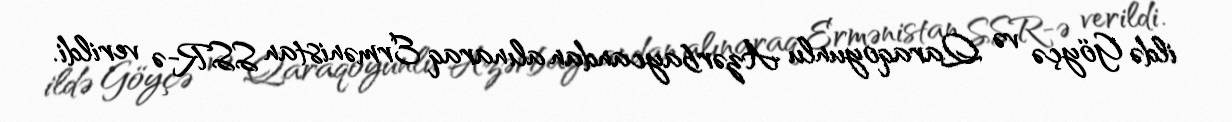
ildə Göyçə və Qaraqoyunlu Azərbaycandan alınaraq Ermənistan SSR-ə verildi.